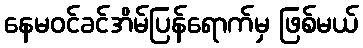
နေမဝင်ခင်အိမ်ပြန်ရောက်မှ ဖြစ်မယ်